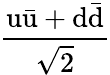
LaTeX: \mathrm{\frac{u{\bar{u}}+d{\bar{d}}}{\sqrt{2}}}